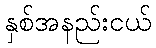
နှစ်အနည်းငယ်